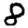
Digit: 8